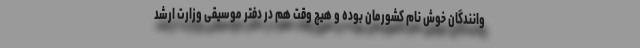
وانندگان خوش نام کشورمان بوده و هیچ وقت هم در دفتر موسیقی وزارت ارشد